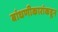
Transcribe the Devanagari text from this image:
बांधणीकारांकडून